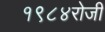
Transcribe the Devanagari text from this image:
१९८४रोजी